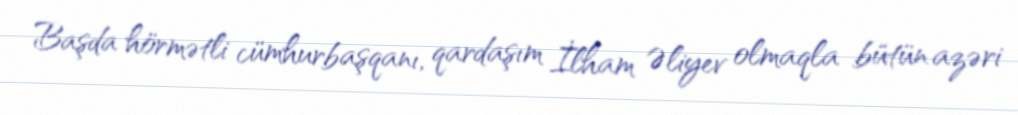
Başda hörmətli cümhurbaşqanı, qardaşım İlham Əliyev olmaqla bütün azəri